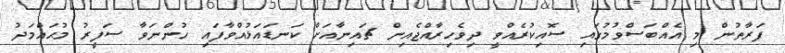
ފަރާތުން މި އެއްބަސްވުމުގައި ސޮއިކުރެއްވީ ދިވެހިރާއްޖެއިން ޗައިނާއަށް ކަނޑައަޅުއްވާފައި ހުންނަވާ ސަފީރު މުޙައްމަދު